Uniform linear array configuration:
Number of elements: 24
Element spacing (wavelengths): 1
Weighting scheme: cosine
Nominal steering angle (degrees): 60
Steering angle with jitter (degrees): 61.262
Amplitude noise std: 0.05
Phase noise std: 0.05

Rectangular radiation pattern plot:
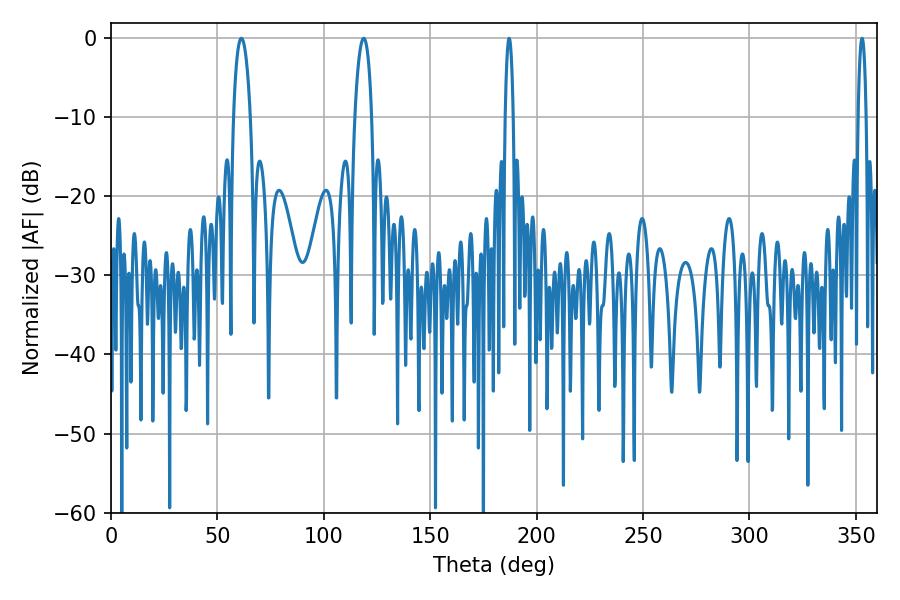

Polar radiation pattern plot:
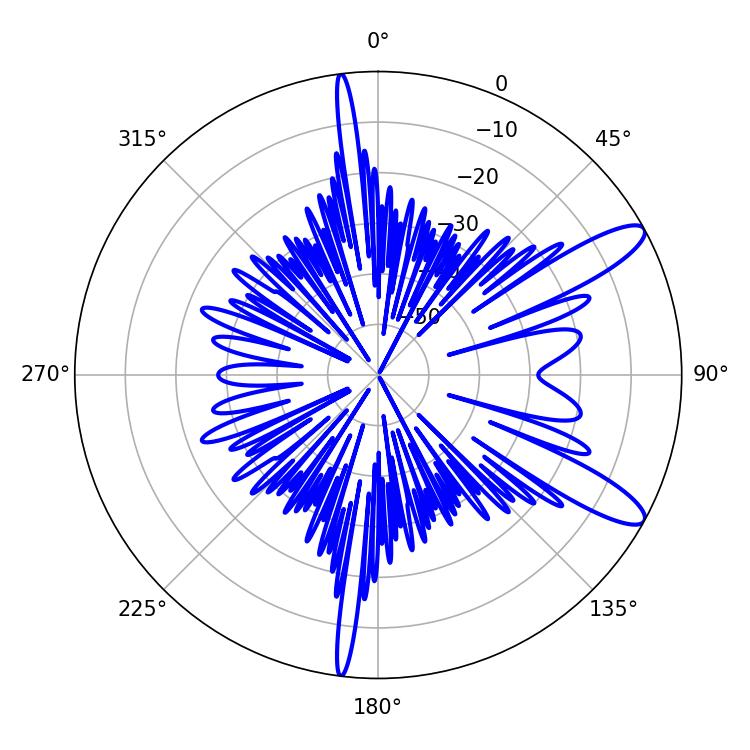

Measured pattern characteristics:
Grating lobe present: TRUE
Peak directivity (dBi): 11.456
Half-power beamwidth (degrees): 4.5
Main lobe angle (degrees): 61.2